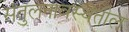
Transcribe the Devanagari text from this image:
संतुलनावस्थेतील